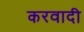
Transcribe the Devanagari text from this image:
करवादी